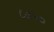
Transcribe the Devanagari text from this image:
८७५०